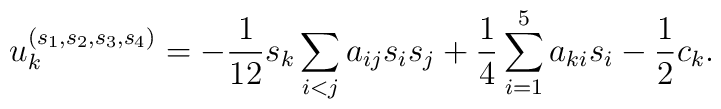
u_k^{(s_1,s_2,s_3,s_4)} = - \frac{1}{12} s_k \sum_{i<j} a_{ij} s_i s_j + \frac{1}{4} \sum_{i=1}^5 a_{ki} s_i - \frac{1}{2} c_k.